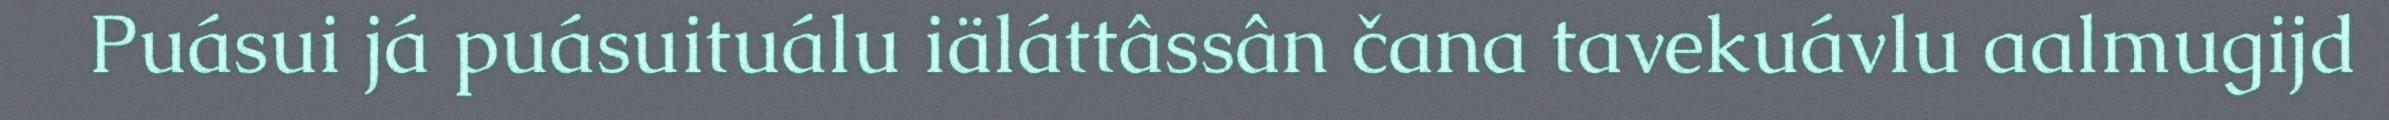
Puásui já puásuituálu iäláttâssân čana tavekuávlu aalmugijd